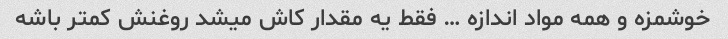
خوشمزه و همه مواد اندازه … فقط یه مقدار کاش میشد روغنش کمتر باشه